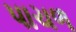
પાચળ